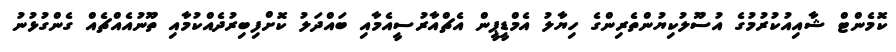
ކޮމެންޓް ޝާއިއުކުރުމުގެ އުސޫލުކިޔުންތެރިންގެ ހިޔާލު އެމްޑީޕީން އެޗްއާރުސީއެމާއި ބައްދަލު ކޮށްފިބިރުދެއްކުމާއި ތޫނުއެއްޗެއް ގެންގުޅުނު